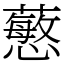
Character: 𧁋